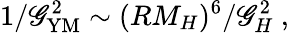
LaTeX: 1/\mathscr{G}_{\mathrm{{YM}}}^{2}\sim(RM_{H})^{6}/\mathscr{G}_{H}^{2}\ ,